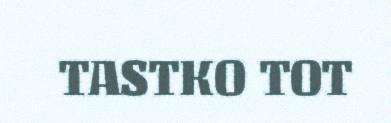
TASTKO TOT